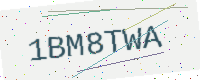
Text: 1BM8TWA